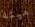
ميتة